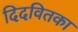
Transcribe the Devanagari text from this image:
दिदवितका